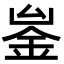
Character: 𨥣